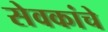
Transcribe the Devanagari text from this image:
सेवकांचे